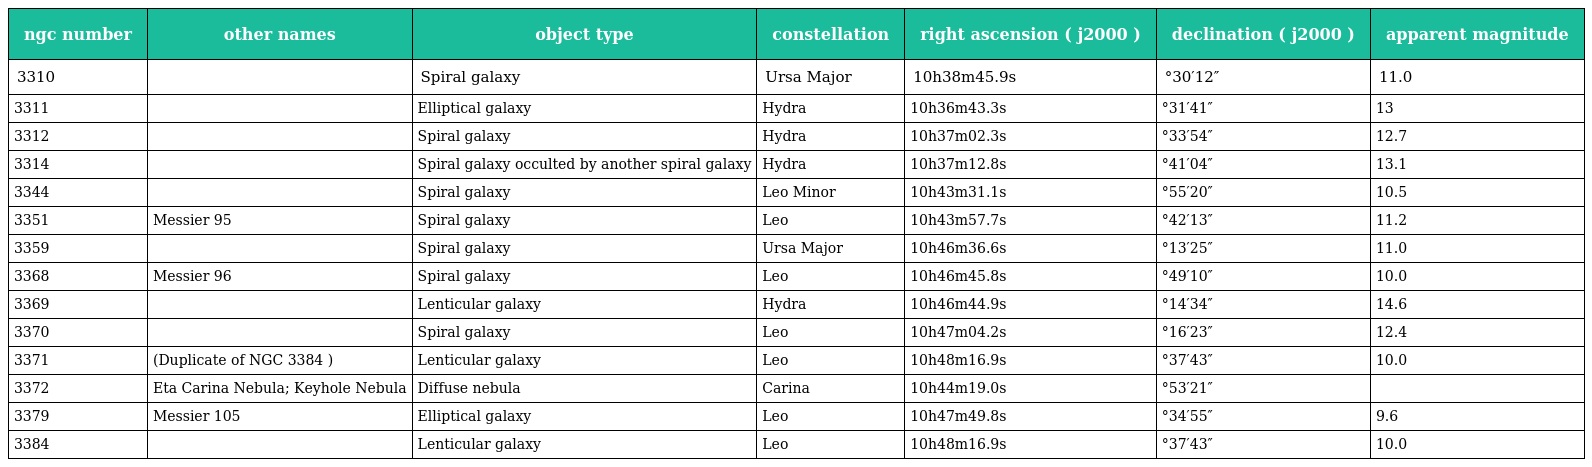
| ngc number | other names | object type | constellation | right ascension ( j2000 ) | declination ( j2000 ) | apparent magnitude |
 | --- | --- | --- | --- | --- | --- | --- |
 | 3310 |  | Spiral galaxy | Ursa Major | 10h38m45.9s | °30′12″ | 11.0 |
 | 3311 |  | Elliptical galaxy | Hydra | 10h36m43.3s | °31′41″ | 13 |
 | 3312 |  | Spiral galaxy | Hydra | 10h37m02.3s | °33′54″ | 12.7 |
 | 3314 |  | Spiral galaxy occulted by another spiral galaxy | Hydra | 10h37m12.8s | °41′04″ | 13.1 |
 | 3344 |  | Spiral galaxy | Leo Minor | 10h43m31.1s | °55′20″ | 10.5 |
 | 3351 | Messier 95 | Spiral galaxy | Leo | 10h43m57.7s | °42′13″ | 11.2 |
 | 3359 |  | Spiral galaxy | Ursa Major | 10h46m36.6s | °13′25″ | 11.0 |
 | 3368 | Messier 96 | Spiral galaxy | Leo | 10h46m45.8s | °49′10″ | 10.0 |
 | 3369 |  | Lenticular galaxy | Hydra | 10h46m44.9s | °14′34″ | 14.6 |
 | 3370 |  | Spiral galaxy | Leo | 10h47m04.2s | °16′23″ | 12.4 |
 | 3371 | (Duplicate of NGC 3384 ) | Lenticular galaxy | Leo | 10h48m16.9s | °37′43″ | 10.0 |
 | 3372 | Eta Carina Nebula; Keyhole Nebula | Diffuse nebula | Carina | 10h44m19.0s | °53′21″ |  |
 | 3379 | Messier 105 | Elliptical galaxy | Leo | 10h47m49.8s | °34′55″ | 9.6 |
 | 3384 |  | Lenticular galaxy | Leo | 10h48m16.9s | °37′43″ | 10.0 |